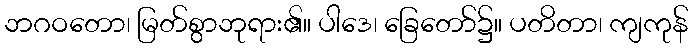
ဘဂဝတော၊ မြတ်စွာဘုရား၏။ ပါဒေ၊ ခြေတော်၌။ ပတိတာ၊ ကျကုန်